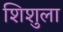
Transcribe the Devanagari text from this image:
शिशुला